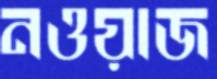
নওয়াজ